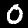
Label: 0